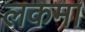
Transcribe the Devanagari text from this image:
लकमा